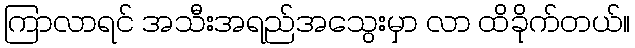
ကြာလာရင် အသီးအရည်အသွေးမှာ လာ ထိခိုက်တယ်။